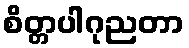
စိတ္တပါဂုညတာ